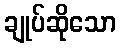
ချုပ်ဆိုသော